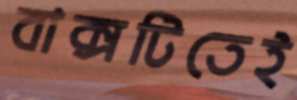
বাক্সটিতেই